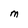
Character: M